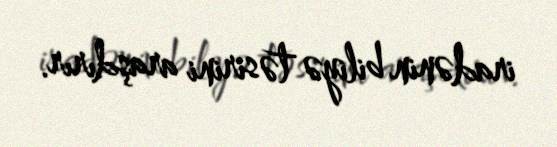
iradənin biliyə təsirini araşdırır.